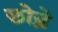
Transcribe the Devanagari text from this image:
छोड़े़